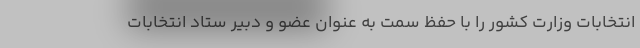
انتخابات وزارت کشور را با حفظ سمت به عنوان عضو و دبیر ستاد انتخابات